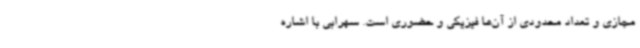
مجازی و تعداد محدودی از آن‌ها فیزیکی و حضوری است. سهرابی با اشاره